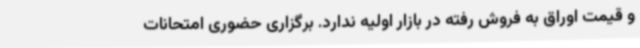
و قیمت اوراق به فروش رفته در بازار اولیه ندارد. برگزاری حضوری امتحانات